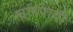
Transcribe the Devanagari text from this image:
चारपायी